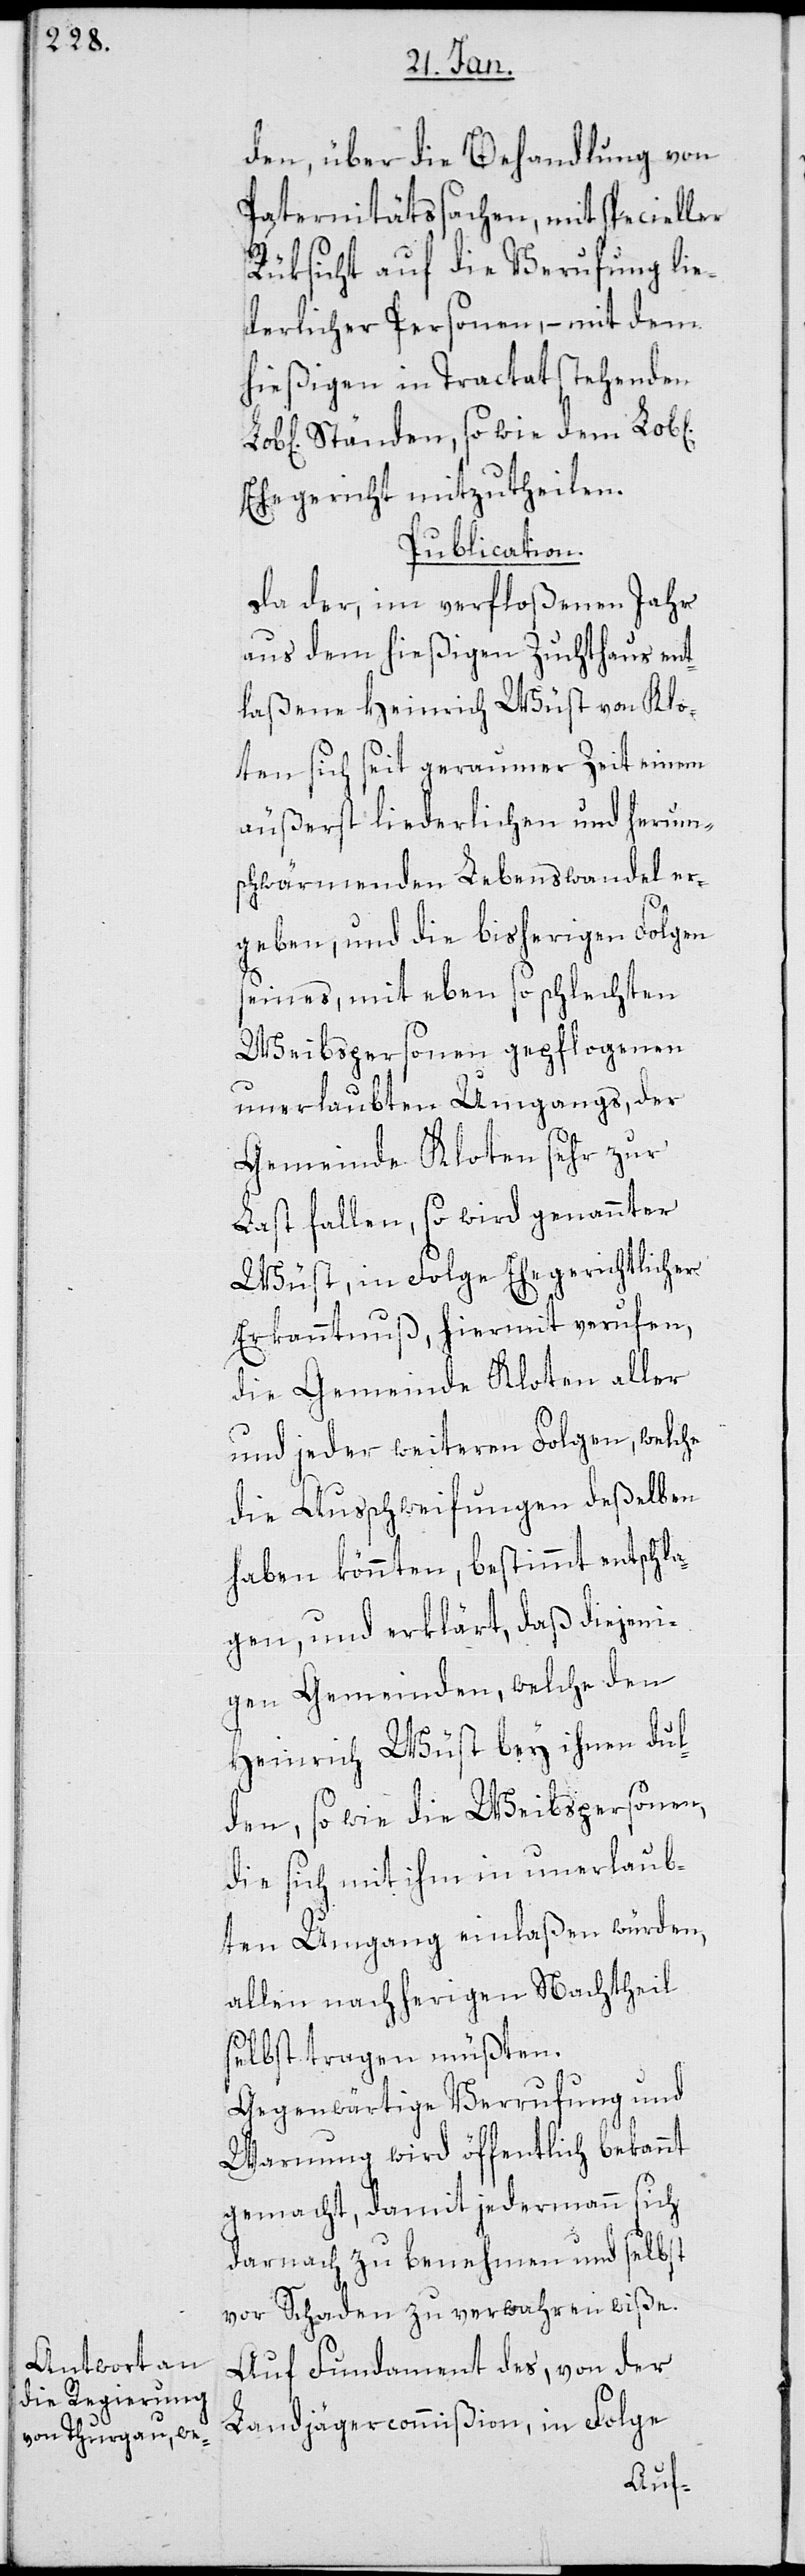
den, über die Behandlung von
Paternitätssachen, mit specieller
Rüksicht auf die Verrufung lie¬
derlicher Personen, – mit dem
hießigen in Tractat stehenden
Ehegericht mitzutheilen.
Publication.
Da der, im verfloßenen Jahr
aus dem hießigen Zuchthaus ent¬
laßene Heinrich Wüst von Klo¬
ten sich seit geraumer Zeit einem
äußerst liederlichen und herum¬
schwärmenden Lebenswandel er¬
geben, und die bisherigen Folgen
seines, mit eben so schlechten
Weibspersonen gepflogenen
unerlaubten Umgangs, der
Gemeinde Kloten sehr zur
Last fallen, so wird genannter
Wüst, in Folge Ehegerichtlicher
Erkanntnuß, hiermit verrufen,
die Gemeinde Kloten aller
und jeder weiteren Folgen, welche
die Ausschweifungen deßelben
haben könnten, bestimmt entschla¬
gen, und erklärt, daß diejeni¬
gen Gemeinden, welche den
Heinrich Wüst bey ihnen dul¬
den, so wie die Weibspersonen,
die sich mit ihm in unerlaub¬
ten Umgang einlaßen würden,
allen nachherigen Nachtheil
selbst tragen müßten.
Gegenwärtige Verrufung und
Warnung wird öffentlich bekannt
gemacht, damit jedermann sich
darnach zu benehmen und selbst
vor Schaden zu verwahren wiße.
Auf Fundament des, von der
Landjägercommißion in Folge